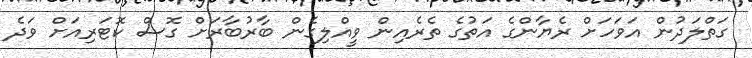
ގަތްލަދުން އަވަހަށް ރެޔާންގެ އަތުގެ ތެރެއިން ވީއްލިގެން ބާރުބާރަށް ގޮސް ކޮޓަރިއަށް ވަދެ